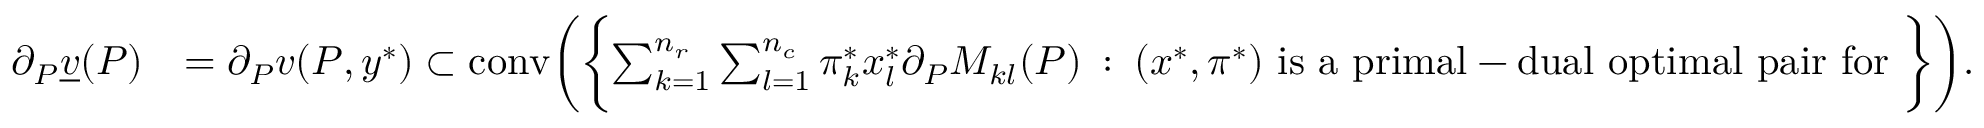
\begin{array} { r l } { \partial _ { P } \underline { { v } } ( P ) } & { = \partial _ { P } v ( P , y ^ { * } ) \subset \mathrm { c o n v } \biggl ( \biggl \{ \sum _ { k = 1 } ^ { n _ { r } } \sum _ { l = 1 } ^ { n _ { c } } \pi _ { k } ^ { * } x _ { l } ^ { * } \partial _ { P } M _ { k l } ( P ) \: : \: ( x ^ { * } , \pi ^ { * } ) \mathrm { ~ i s ~ a ~ p r i m a l - d u a l ~ o p t i m a l ~ p a i r ~ f o r ~ } \biggr \} \biggr ) . } \end{array}